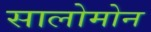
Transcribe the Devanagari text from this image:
सालोमोन